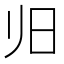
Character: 𰕲